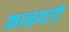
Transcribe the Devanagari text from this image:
काळपांडे